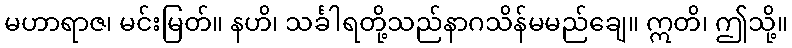
မဟာရာဇ၊ မင်းမြတ်။ နဟိ၊ သင်္ခါရတို့သည်နာဂသိန်မမည်ချေ။ ဣတိ၊ ဤသို့။